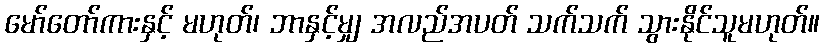
မော်တော်ကားနှင့် မဟုတ်၊ ဘာနှင့်မျှ အလည်အပတ် သက်သက် သွားနိုင်သူမဟုတ်။